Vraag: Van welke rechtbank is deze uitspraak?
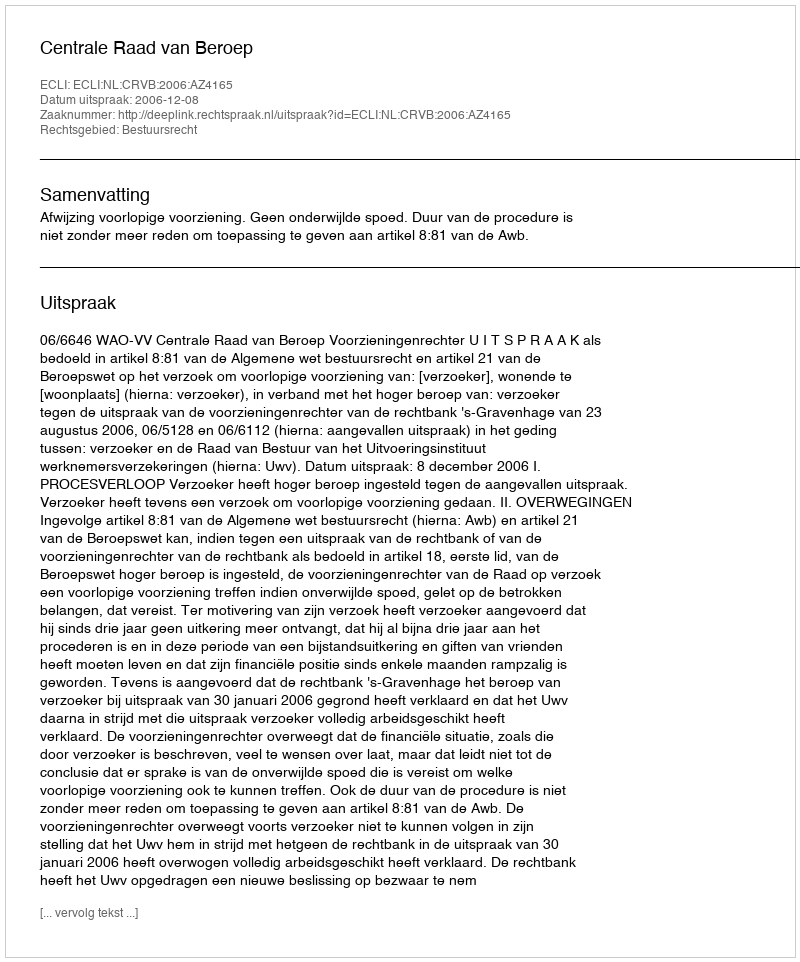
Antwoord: Centrale Raad van Beroep